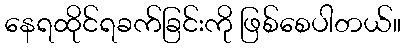
နေရထိုင်ရခက်ခြင်းကို ဖြစ်စေပါတယ်။